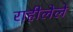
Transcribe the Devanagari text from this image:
राहीलेले